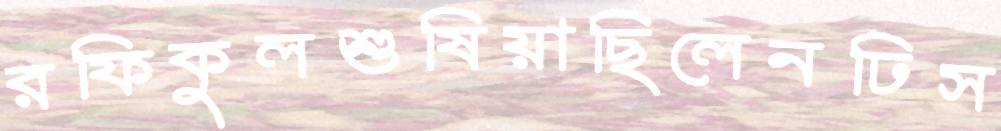
রফিকুলশুষিয়াছিলেনঢিস